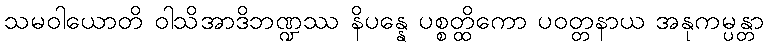
သမဝါယောတိ ဝါသိအာဒိဘဏ္ဍဿ နိပန္နေ ပစ္စတ္ထိကော ပဝတ္တနာယ အနုကမ္ပန္တာ